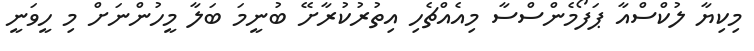
މިކިޔާ ލުކްސްއާ ޕަފޯމެންސްސާ މިއެއްޗެހި އިތުރުކުރާށޭ ބުނީމަ ބަލާ މީހުންނަށް މި ހީވަނީ